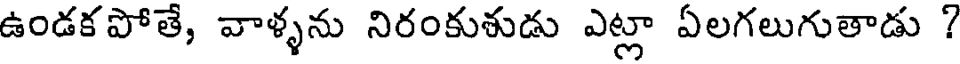
ఉండకపోతే, వాళ్ళను నిరంకుశుడు ఎట్లా ఏలగలుగుతాడు ?